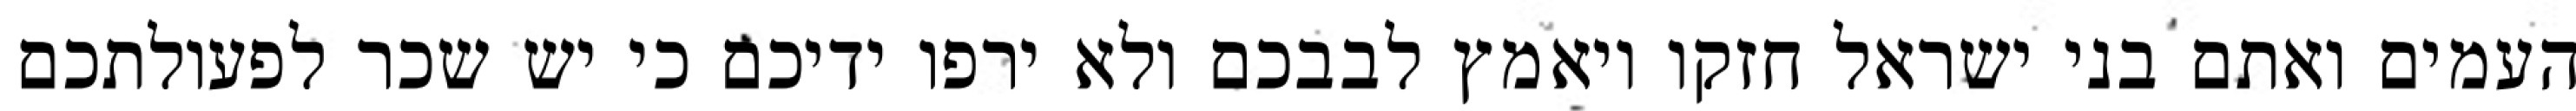
העמים ואתם בני ישראל חזקו ויאמץ לבבכם ולא ירפו ידיכם כי יש שכר לפעולתכם